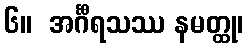
၆။  အင်္ဂီရသဿ နမတ္ထု၊